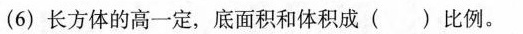
(6)长方体的高一定，底面积和体积成( )比例。